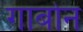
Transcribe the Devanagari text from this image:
गाबोन